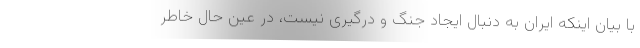
با بیان اینکه ایران به دنبال ایجاد جنگ و درگیری نیست، در عین حال خاطر